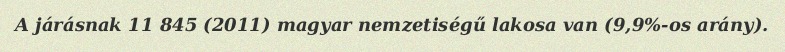
A járásnak 11 845 (2011) magyar nemzetiségű lakosa van (9,9%-os arány).